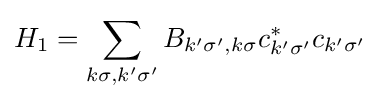
H_{1}=\sum \limits _{k\sigma ,k'\sigma '}{B_{k'\sigma ',k\sigma }c_{k'\sigma '}^{*}}c_{k'\sigma '}